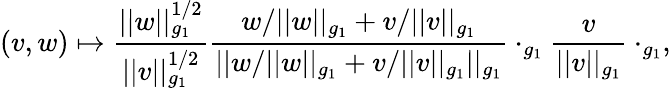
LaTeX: (v,w)\mapsto\frac{||w||_{g_{1}}^{1/2}}{||v||_{g_{1}}^{1/2}}\frac{w/||w||_{g_{1}}+v/||v||_{g_{1}}}{||w/||w||_{g_{1}}+v/||v||_{g_{1}}||_{g_{1}}}\cdot_{g_{1}}\frac{v}{||v||_{g_{1}}}\cdot_{g_{1}},